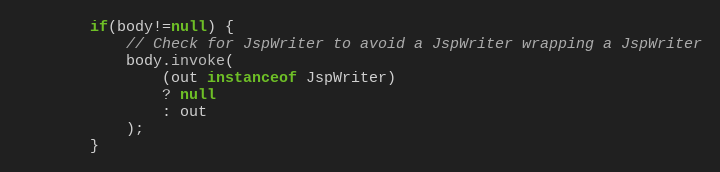
Language: Java
		if(body!=null) {
			// Check for JspWriter to avoid a JspWriter wrapping a JspWriter
			body.invoke(
				(out instanceof JspWriter)
				? null
				: out
			);
		}